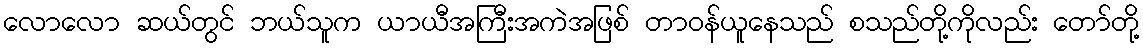
လောလော ဆယ်တွင် ဘယ်သူက ယာယီအကြီးအကဲအဖြစ် တာဝန်ယူနေသည် စသည်တို့ကိုလည်း တော်တို့